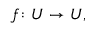
f \colon U \to U , \,